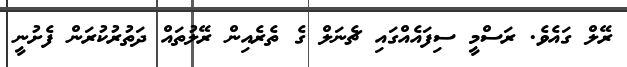
ރޭލް ގައެވެ. ރަސްމީ ސިފައެއްގައި ޗެނަލް ގެ ތެރެއިން ރޭލުތައް ދަތުރުކުރަން ފެށުނީ